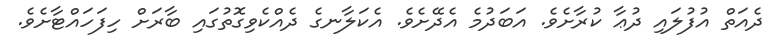
ދެއަތް އުފުލައި ދުޢާ ކުރާށެވެ. އަބަދުމެ އެދޭށެވެ. އެކަލާނގެ ދެއްކެވިގޮތުގައި ބާރަށް ހިފަހައްޓާށެވެ.